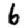
Digit: 6